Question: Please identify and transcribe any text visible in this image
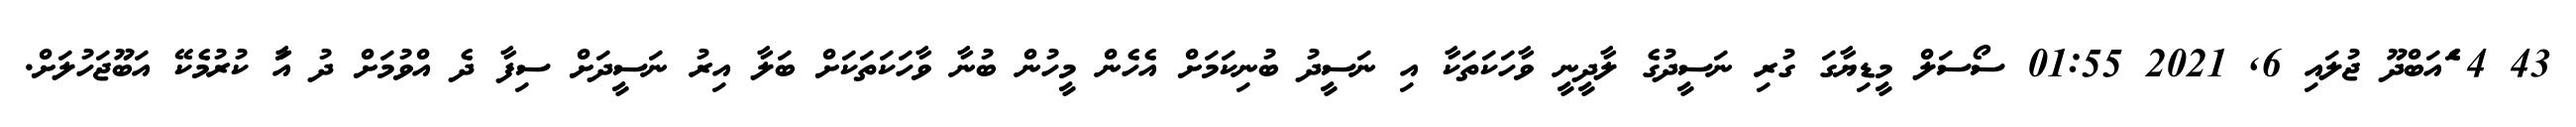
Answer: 43 4 ެަެއަބްދޫ ޖުލައި 6, 2021 01:55 ސޯސަލް މީޑިޔާގަ ގުރި ނަސީދުގެ ލާދީނީ ވާހަކަތަކާ އި ނަސީދު ބުނިކަމަށް އެހެން މީހުން ބުނާ ވާހަކަތަކަށް ބަލާ އިރު ނަސީދަށް ސިފާ ދެ އްވުމަށް ދު އަާ ކުރުމެކޭ އަބޫޖަހުލަށް.